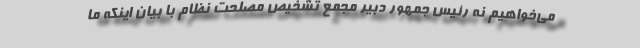
می‌خواهیم نه رئیس جمهور دبیر مجمع تشخیص مصلحت نظام با بیان اینکه ما